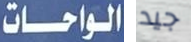
الواحات جيد